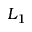
L _ { 1 }